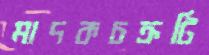
মাদকচক্রটি